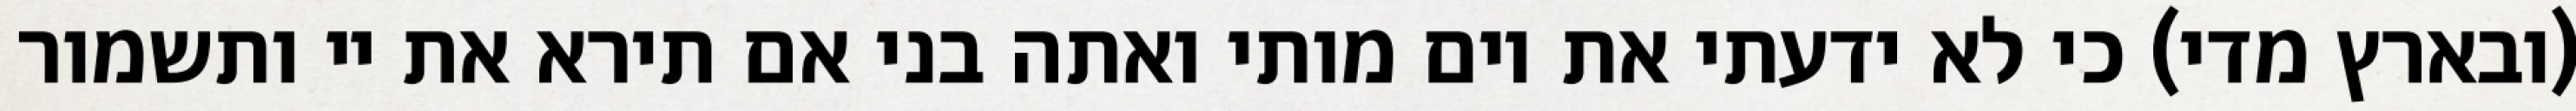
(ובארץ מדי) כי לא ידעתי את יום מותי ואתה בני אם תירא את יי ותשמור